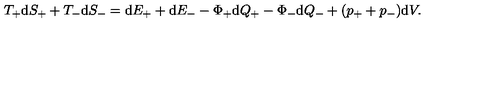
T _ { + } \mathrm { d } S _ { + } + T _ { - } \mathrm { d } S _ { - } = \mathrm { d } E _ { + } + \mathrm { d } E _ { - } - \Phi _ { + } \mathrm { d } Q _ { + } - \Phi _ { - } \mathrm { d } Q _ { - } + ( p _ { + } + p _ { - } ) \mathrm { d } V .